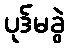
ပုဒ်မခွဲ